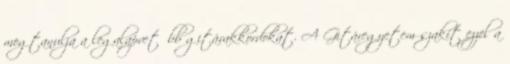
megtanulja a legalapvetőbb gitárakkordokat. A Gitáregyetem szakít ezzel a